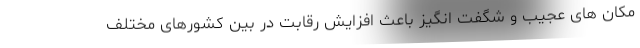
مکان های عجیب و شگفت انگیز باعث افزایش رقابت در بین کشورهای مختلف